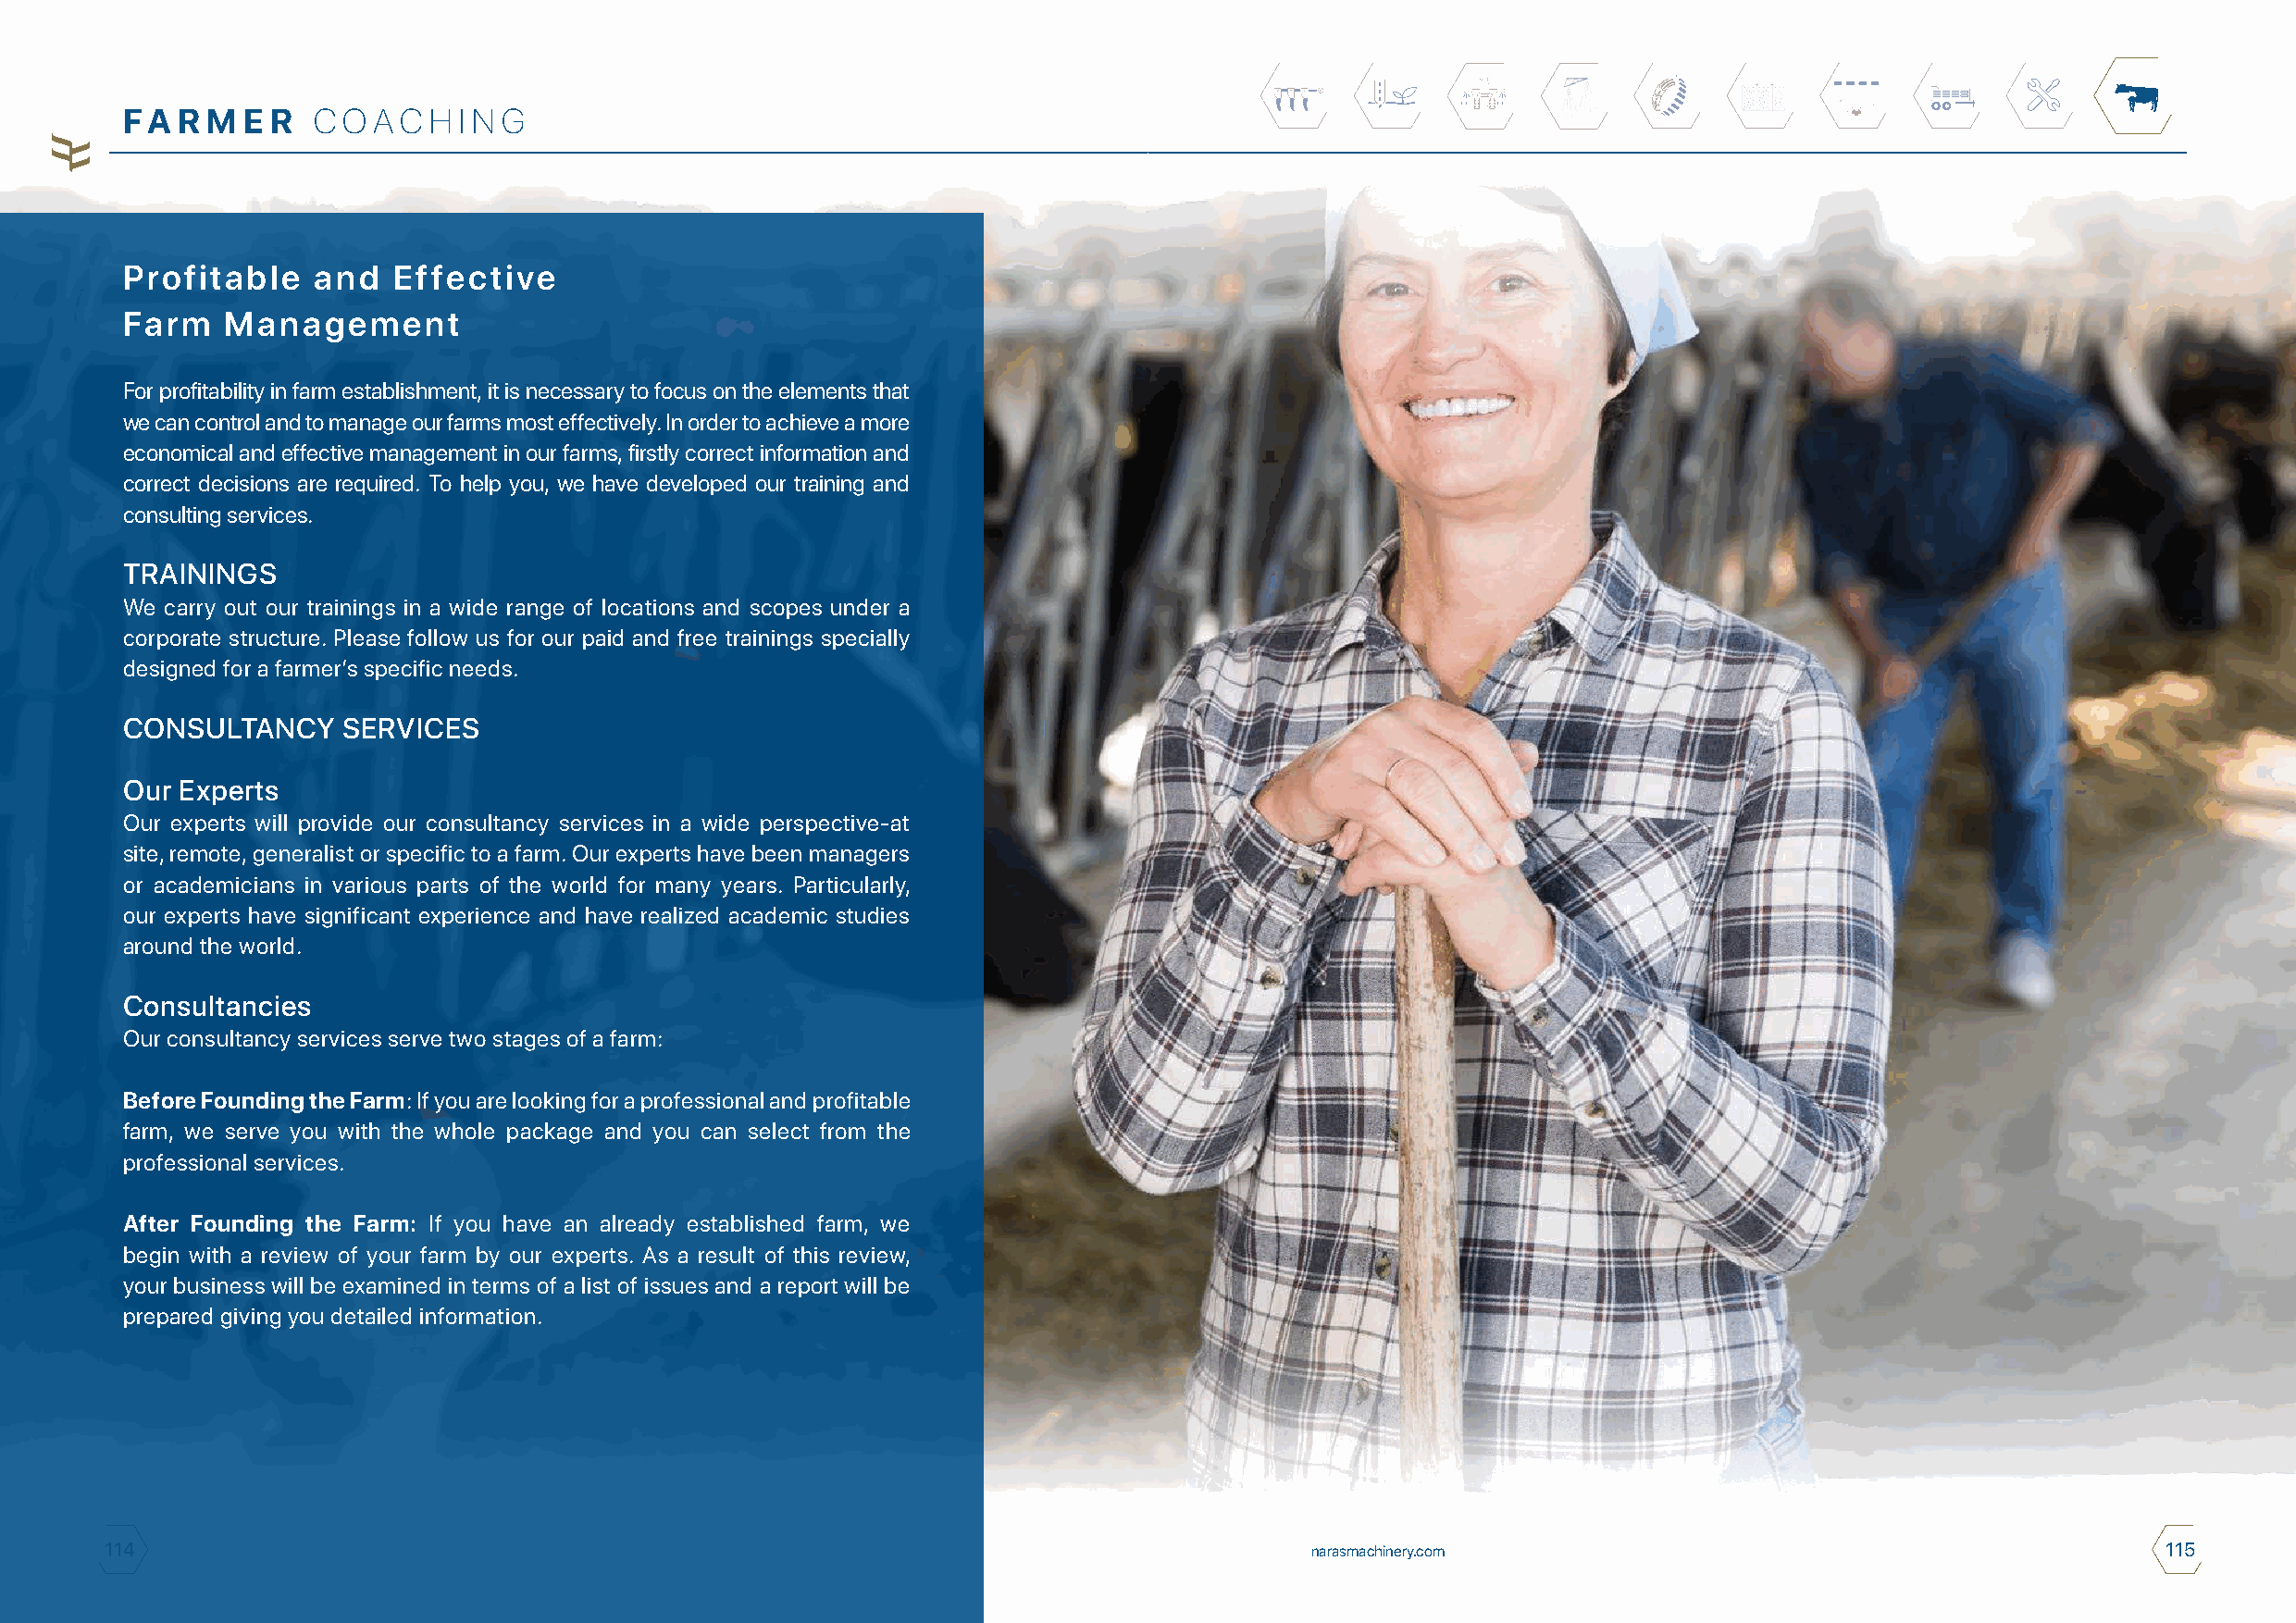
FA  R M E R  C  O A C H I N G
 Profitable    and  Effective
 Farm   Management
 For profitability in farm establishment, it is necessary to focus on the elements that
 we can control and to manage our farms most effectively. In order to achieve a more
 economical and effective management in our farms, firstly correct information and
 correct decisions are required. To help you, we have developed our training and
 consulting services.
 TRAININGS
 We carry out our trainings in a wide range of locations and scopes under a
 corporate structure. Please follow us for our paid and free trainings specially
 designed for a farmer’s specific needs.
 CONSULTANCY    SERVICES
 Our Experts
 Our experts will provide our consultancy services in a wide perspective-at
 site, remote, generalist or specific to a farm. Our experts have been managers
 or academicians in various parts of the world for many years. Particularly,
 our experts have significant experience and have realized academic studies
 around the world.
 Consultancies
 Our consultancy services serve two stages of a farm:
 Before Founding the Farm: If you are looking for a professional and profitable
 farm, we serve you with the whole package and you can select from the
 professional services.
 After Founding the Farm: If you have an already established farm, we
 begin with a review of your farm by our experts. As a result of this review,
 your business will be examined in terms of a list of issues and a report will be
 prepared giving you detailed information.
 114                                                                                    narasmachinery.com                                           115